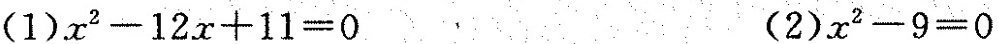
(1)$$x ^ { 2 } - 1 2 x + 1 1 = 0$$